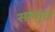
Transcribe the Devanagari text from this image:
सहतूत